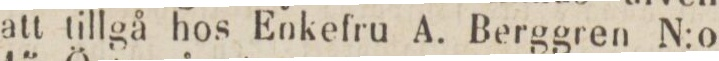
att tillgå hos Enkefru A. Berggren N:o